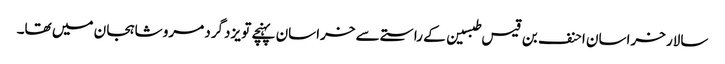
سالار خراسان احنف بن قیس طبسین کے راستے سے خراسان پہنچے تو یزدگرد مرو شاہجان میں تھا۔